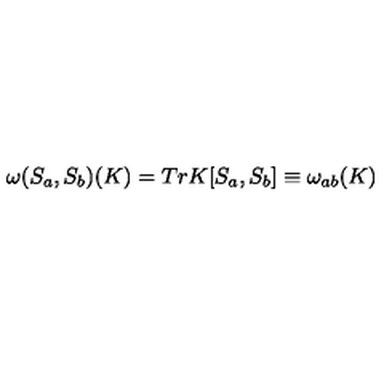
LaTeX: { \omega } ( S _ { a } , S _ { b } ) ( K ) = T r K [ S _ { a } , S _ { b } ] \equiv \omega _ { a b } ( K )